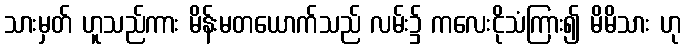
သားမှတ် ဟူသည်ကား မိန်းမတယောက်သည် လမ်း၌ ကလေးငိုသံကြား၍ မိမိသား ဟု